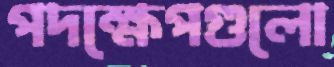
পদক্ষেপগুলো